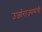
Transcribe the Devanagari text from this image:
उर्जाराज्यमंत्री